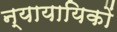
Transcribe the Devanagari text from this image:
न्यायायिकों